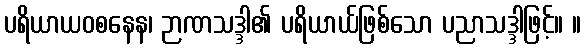
ပရိယာယဝစနေန၊ ဉာဏသဒ္ဒါ၏ ပရိယာယ်ဖြစ်သော ပညာသဒ္ဒါဖြင့်။ ။